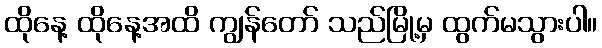
ထိုနေ့ ထိုနေ့အထိ ကျွန်တော် သည်မြို့မှ ထွက်မသွားပါ။